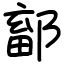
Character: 鄐